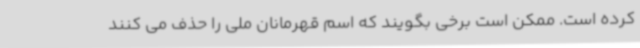
کرده است. ممکن است برخی بگویند که اسم قهرمانان ملی را حذف می کنند